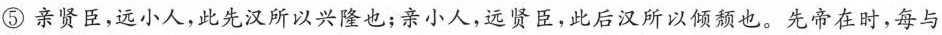
⑤亲贤臣，远小人，此先汉所以兴隆也；亲小人，远贤臣，此后汉所以倾颓也。先帝在时，每与